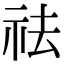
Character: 祛